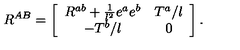
R ^ { A B } = \left[ \begin{array} { c c } { R ^ { a b } + \frac { 1 } { l ^ { 2 } } e ^ { a } e ^ { b } } & { T ^ { a } / l } \\ { - T ^ { b } / l } & { 0 } \\ \end{array} \right] .